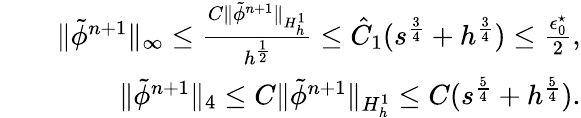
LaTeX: \begin{array}{rlr}&{}&{\| \tilde{\phi}^{n+1}\| _{\infty}\leq\frac{C\| \tilde{\phi}^{n+1}\| _{H_{h}^{1}}}{h^{\frac{1}{2}}}\le\hat{C}_{1}(s^{\frac{3}{4}}+h^{\frac{3}{4}})\le\frac{\epsilon_{0}^{\star}}{2},}\\ &{}&{\| \tilde{\phi}^{n+1}\| _{4}\leq C\| \tilde{\phi}^{n+1}\| _{H_{h}^{1}}\leq C(s^{\frac{5}{4}}+h^{\frac{5}{4}}).}\end{array}